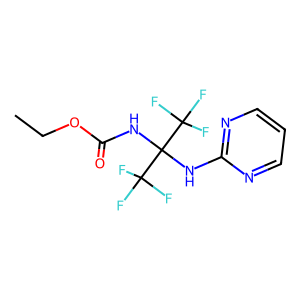
SMILES: CCOC(=O)NC(Nc1ncccn1)(C(F)(F)F)C(F)(F)F
Inhibits HIV replication: Yes